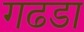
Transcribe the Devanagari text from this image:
गढडा